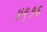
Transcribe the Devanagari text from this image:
४९१६